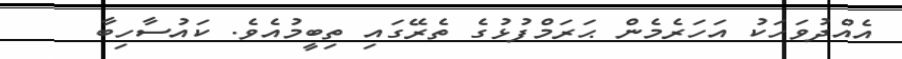
އެއްދުވަހަކު އަހަރެމެން ޙަރަމްފުޅުގެ ތެރޭގައި ތިބީމުއެވެ. ކައުސާހިބާ